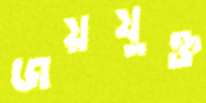
জয়যুক্ত